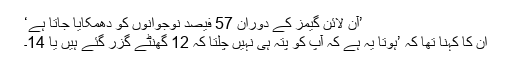
’آن لائن گیمز کے دوران 57 فیصد نوجوانوں کو دھمکایا جاتا ہے‘
ان کا کہنا تھا کہ ’ہوتا یہ ہے کہ آپ کو پتہ ہی نہیں چلتا کہ 12 گھنٹے گزر گئے ہیں یا 14۔